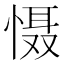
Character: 慑